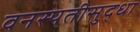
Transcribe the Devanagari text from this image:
वनस्पतीसुद्धा